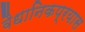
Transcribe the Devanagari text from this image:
वैधानिकप्रयास